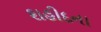
શહીદના